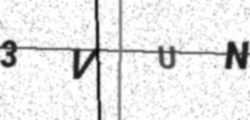
Text: 3VUN